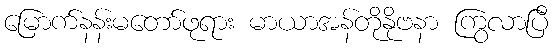
မြောက်နန်းမတော်ဖုရား မာယာအန်တိုနိုဗနာ ကြွလာပြီ